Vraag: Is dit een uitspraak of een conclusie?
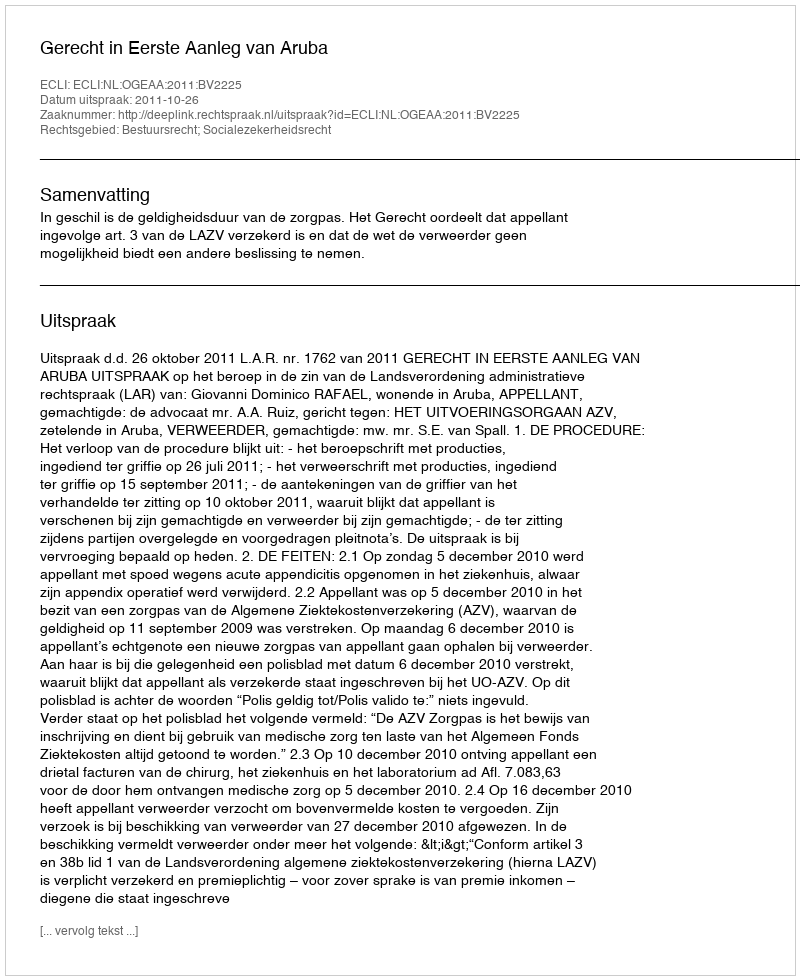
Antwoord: Uitspraak